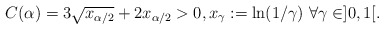
\begin{align*}C(\alpha)=3 \sqrt{x_{\alpha/2}} + 2 x_{\alpha/2}>0, x_\gamma := \ln(1/\gamma) \ \forall \gamma \in ]0,1[.\end{align*}